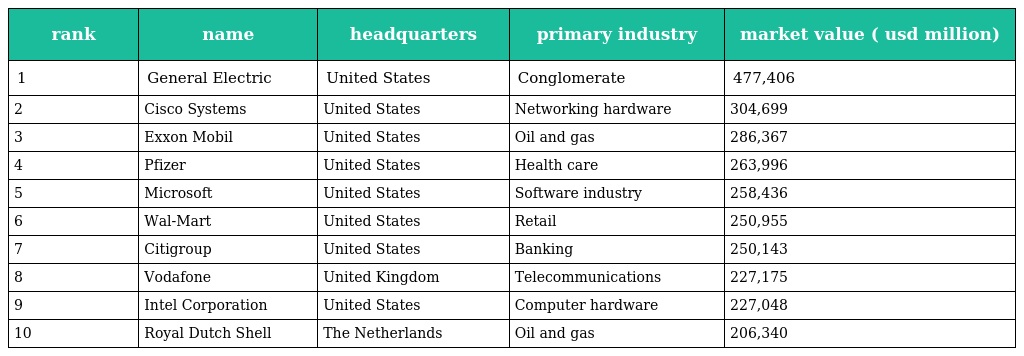
| rank | name | headquarters | primary industry | market value ( usd million) |
 | --- | --- | --- | --- | --- |
 | 1 | General Electric | United States | Conglomerate | 477,406 |
 | 2 | Cisco Systems | United States | Networking hardware | 304,699 |
 | 3 | Exxon Mobil | United States | Oil and gas | 286,367 |
 | 4 | Pfizer | United States | Health care | 263,996 |
 | 5 | Microsoft | United States | Software industry | 258,436 |
 | 6 | Wal-Mart | United States | Retail | 250,955 |
 | 7 | Citigroup | United States | Banking | 250,143 |
 | 8 | Vodafone | United Kingdom | Telecommunications | 227,175 |
 | 9 | Intel Corporation | United States | Computer hardware | 227,048 |
 | 10 | Royal Dutch Shell | The Netherlands | Oil and gas | 206,340 |